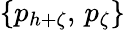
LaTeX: \{ p_{h+\zeta},\, p_{\zeta}\}